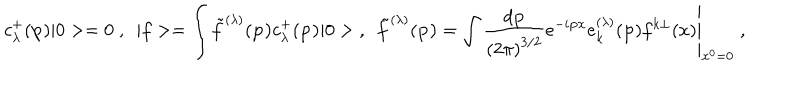
LaTeX: c _ { \lambda } ^ { + } ( { \bf p } ) | 0 > = 0 \; , ~ ~ | f > = \int { \tilde { f } } ^ { ( \lambda ) } ( { \bf p ) } c _ { \lambda } ^ { + } ( { \bf p ) } | 0 > \; , ~ ~ { \tilde { f } } ^ { ( \lambda ) } ( { \bf p ) } = \left. \int \frac { d { \bf p } } { \left( 2 \pi \right) ^ { 3 / 2 } } e ^ { - i { \bf p x } } e _ { k } ^ { ( \lambda ) } ( { \bf p } ) f ^ { k \perp } ( x ) \right| _ { x ^ { 0 } = 0 } \; ,